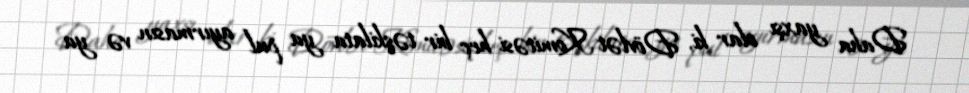
Daha yaxşı olar ki, Dövlət Komitəsi heç bir təşkilata ya pul ayırmasın və ya